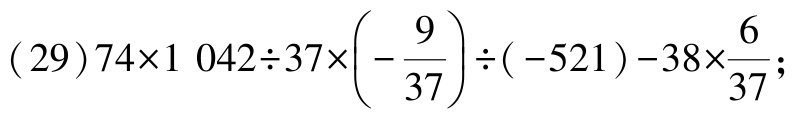
\((29)74\times1\ 042\div37\times\left(-\frac{9}{37}\right)\div(-521)-38\times\frac{6}{37};\)